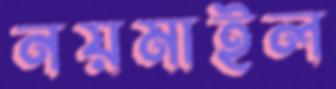
নয়মাইল